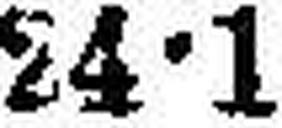
24•1